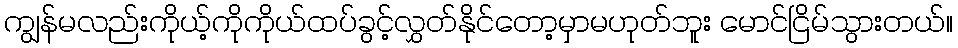
ကျွန်မလည်းကိုယ့်ကိုကိုယ်ထပ်ခွင့်လွှတ်နိုင်တော့မှာမဟုတ်ဘူး မောင်ငြိမ်သွားတယ်။